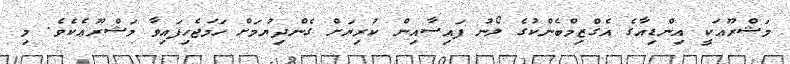
މަޝްރޫޢަކީ އިންޑިއާގެ އެގްޒިމްބެންކުގެ ލޯނު ފައިސާއިން ކުރިޔަށް ގެންދިޔުމަށް ހަމަޖެހިފައިވާ މަޝްރޫޢެކެވެ. މި